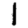
Digit: 1